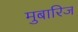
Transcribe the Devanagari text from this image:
मुबारिज